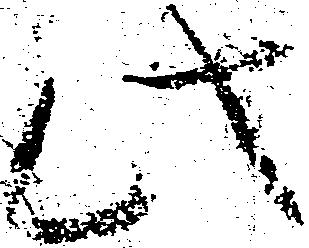
此